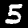
Label: 5